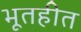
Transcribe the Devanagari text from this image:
भूतहीत